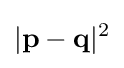
|\mathbf {p} -\mathbf {q} |^{2}